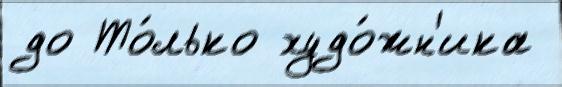
до То́лько худо́жн'ика